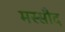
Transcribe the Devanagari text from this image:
मस्सौद